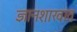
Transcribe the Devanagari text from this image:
ज्ञानशाखांत